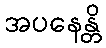
အပနေန္တိ